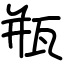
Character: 瓶